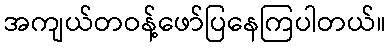
အကျယ်တဝန့်ဖော်ပြနေကြပါတယ်။